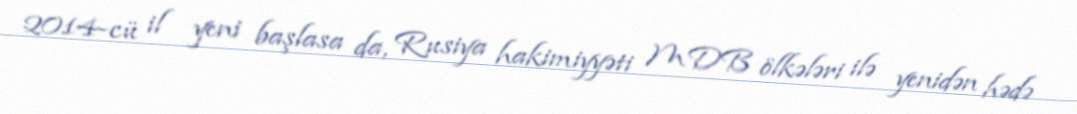
2014-cü il yeni başlasa da, Rusiya hakimiyyəti MDB ölkələri ilə yenidən hədə